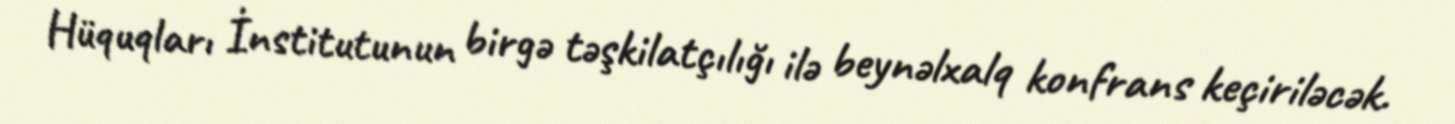
Hüquqları İnstitutunun birgə təşkilatçılığı ilə beynəlxalq konfrans keçiriləcək.